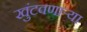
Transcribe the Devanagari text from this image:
खुंटवणाऱ्या